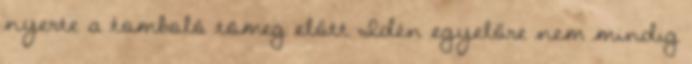
nyerte a tomboló tömeg előtt Idén egyelőre nem mindig